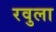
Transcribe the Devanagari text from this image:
रवुला